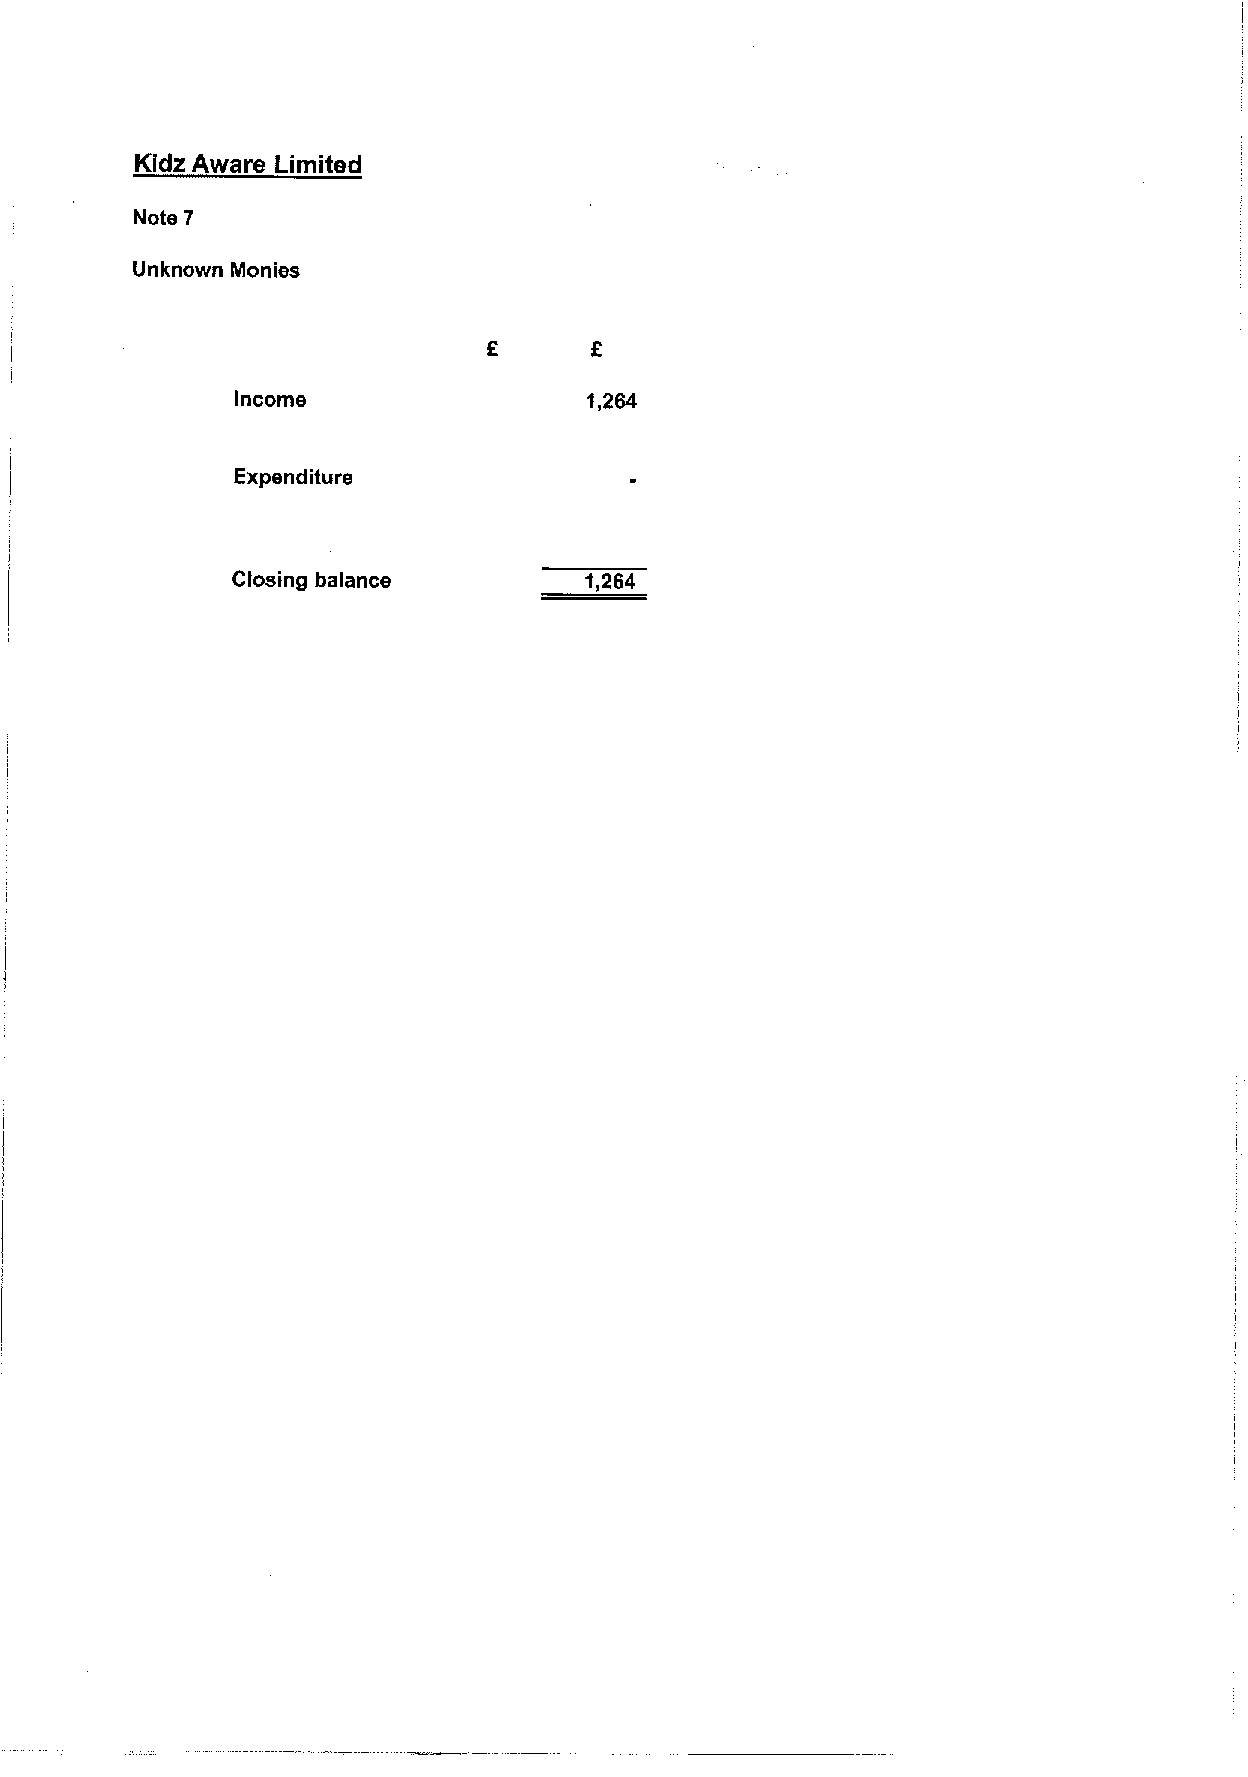
Kidz Aware Limited
 Note 7
 Unknown Monies
 Income
 Expenditure
 Closing balance